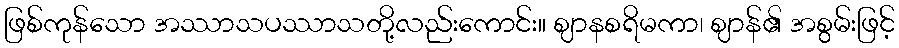
ဖြစ်ကုန်သော အဿာသပဿာသတို့လည်းကောင်း။ ဈာနစရိမကာ၊ ဈာန်၏ အစွမ်းဖြင့်